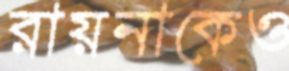
রায়নাকেও